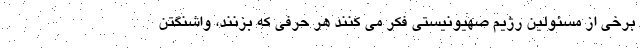
برخی از مسئولین رژیم صهیونیستی فکر می کنند هر حرفی که بزنند، واشنگتن